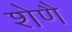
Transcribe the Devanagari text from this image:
शेणै